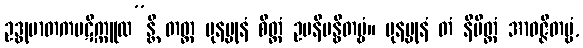
ဥဒ္ဓုမာတကပဋိက္ကူလ”န္တိ တတ္ထ ပုနပ္ပုနံ စိတ္တံ ဥပနိဗန္ဓိတဗ္ဗံ။ ပုနပ္ပုနံ တံ နိမိတ္တံ အာဝဇ္ဇိတဗ္ဗံ,